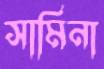
সামিনা